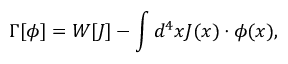
\Gamma [ \phi ] = W [ J ] - \int d ^ { 4 } x J ( x ) \cdot \phi ( x ) ,